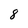
Character: 8